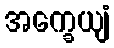
အက္ခေယျံ